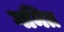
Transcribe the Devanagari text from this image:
गमित